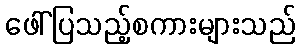
ဖေါ်ပြသည့်စကားများသည်